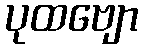
ပုထဗျော